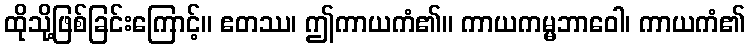
ထိုသို့ဖြစ်ခြင်းကြောင့်။ ဧတဿ၊ ဤကာယကံ၏။ ကာယကမ္မဘာဝေါ၊ ကာယကံ၏